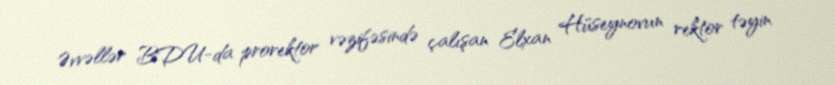
Əvvəllər BDU-da prorektor vəzifəsində çalışan Elxan Hüseynovun rektor təyin